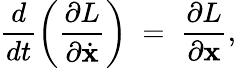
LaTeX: \frac{d}{dt}\left(\frac{\partial L}{\partial\dot{\mathbf x}}\right)\; =\; \frac{\partial L}{\partial\mathbf x},